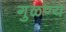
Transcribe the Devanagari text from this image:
गुळण्य